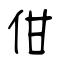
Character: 佄